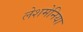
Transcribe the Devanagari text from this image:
लेशमेनिया